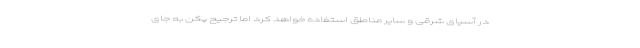
در آسیای شرقی و سایر مناطق استفاده خواهد كرد اما ترجیح پکن به جای